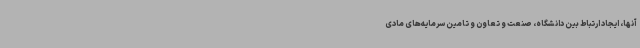
آنها، ایجاد ارتباط بین دانشگاه، صنعت و تعاون و تامین سرمایه‌های مادی